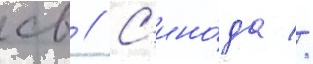
св // С'ино́да //